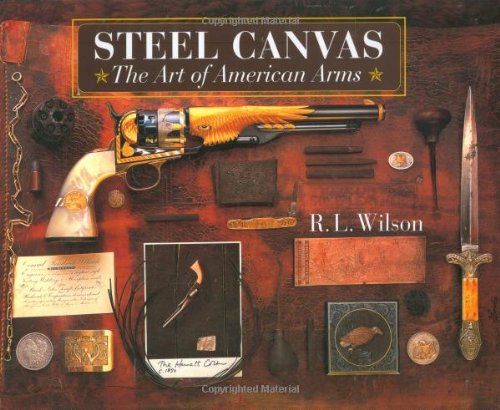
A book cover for Steel Canvas: The Art of American Arms; R. L. Wilson; Crafts, Hobbies & Home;